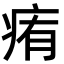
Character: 痏